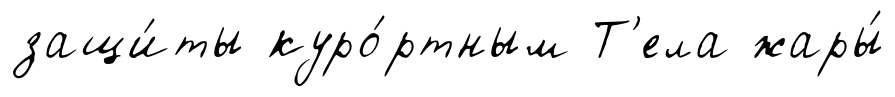
защи́ты куро́ртным Т'ела жары́